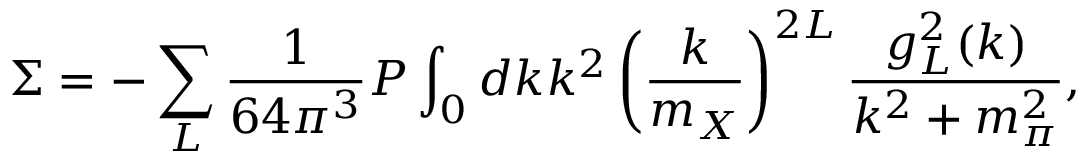
\Sigma = - \sum _ { L } { \frac { 1 } { 6 4 \pi ^ { 3 } } } { \cal P } \int _ { 0 } { d k k ^ { 2 } } \left( { \frac { k } { m _ { X } } } \right) ^ { 2 L } { \frac { g _ { L } ^ { 2 } ( k ) } { { k ^ { 2 } + m _ { \pi } ^ { 2 } } } } ,